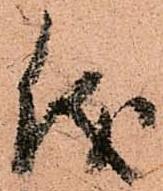
儀